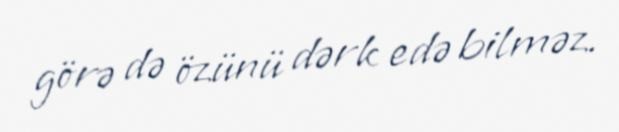
görə də özünü dərk edə bilməz.